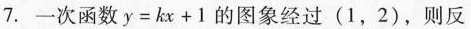
7.一次函数$$y = k x + 1$$的图象经过(1，2)，则反